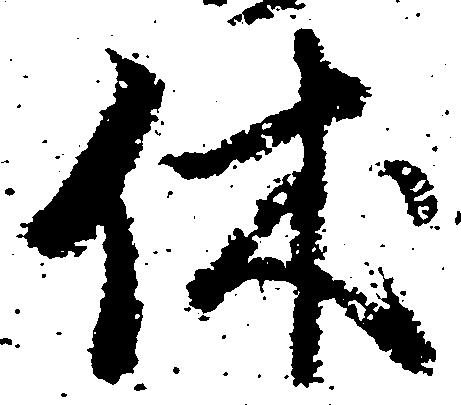
休